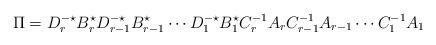
LaTeX: \begin{align*} \Pi=D_r^{-\star}B_r^\star D_{r-1}^{-\star}B_{r-1}^\star\dotsm D_1^{-\star}B_1^\star C_r^{-1}A_rC_{r-1}^{-1}A_{r-1}\dotsm C_1^{-1}A_1\end{align*}